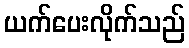
ယက်ပေးလိုက်သည်